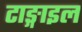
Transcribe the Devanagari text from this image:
टाङ्गाइल